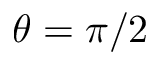
\theta = \pi / 2